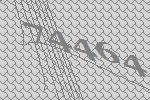
74464